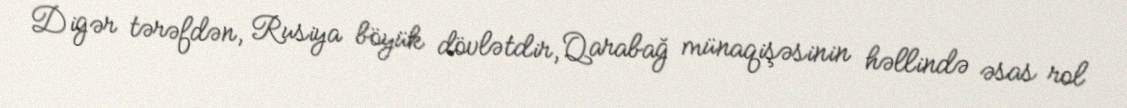
Digər tərəfdən, Rusiya böyük dövlətdir, Qarabağ münaqişəsinin həllində əsas rol